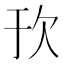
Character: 𬅞